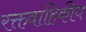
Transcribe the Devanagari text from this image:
रक्तवाहिकीय